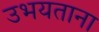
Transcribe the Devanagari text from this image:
उभयताना